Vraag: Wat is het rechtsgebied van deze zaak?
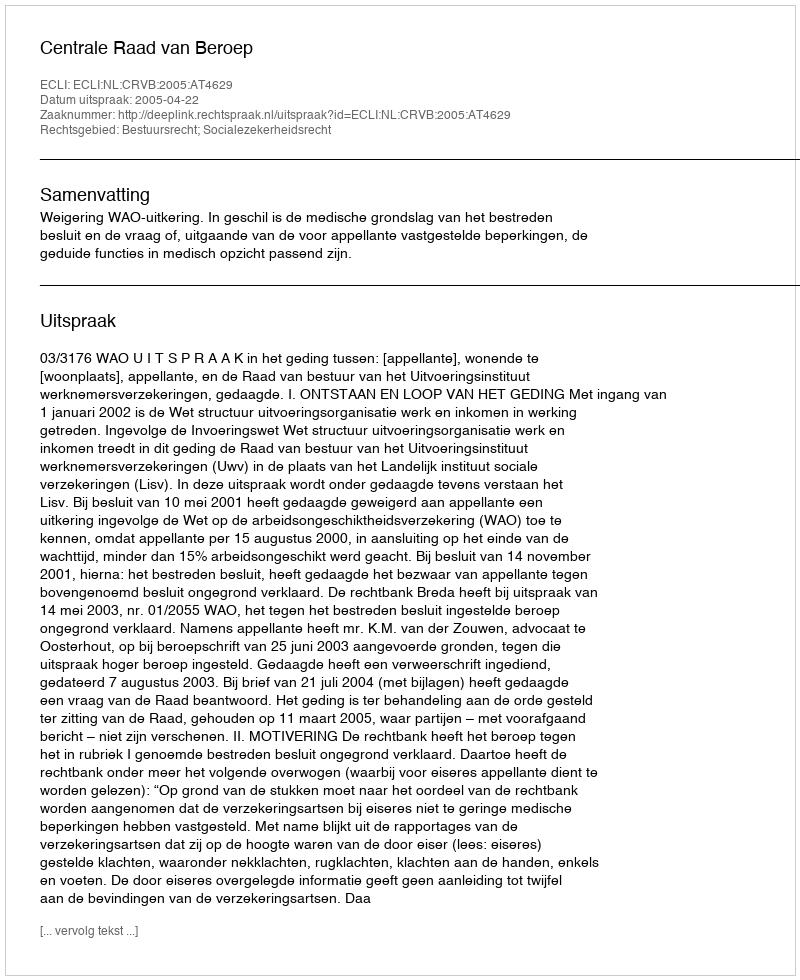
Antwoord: Bestuursrecht; Socialezekerheidsrecht